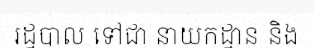
រដ្ឋបាល ទៅជា នាយកដ្ឋាន និង